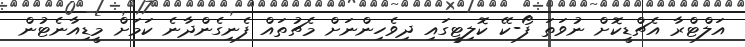
އަލްޓްރާ އެޗްޑީކޮށް ނުވަތަ ފޯ-ކޭ ކޮލިޓީގައި ދިވެހިންނަށް މެޗުތައް ފެނިގެންދާނެ ކަމަށް މީޑިއާނެޓުން